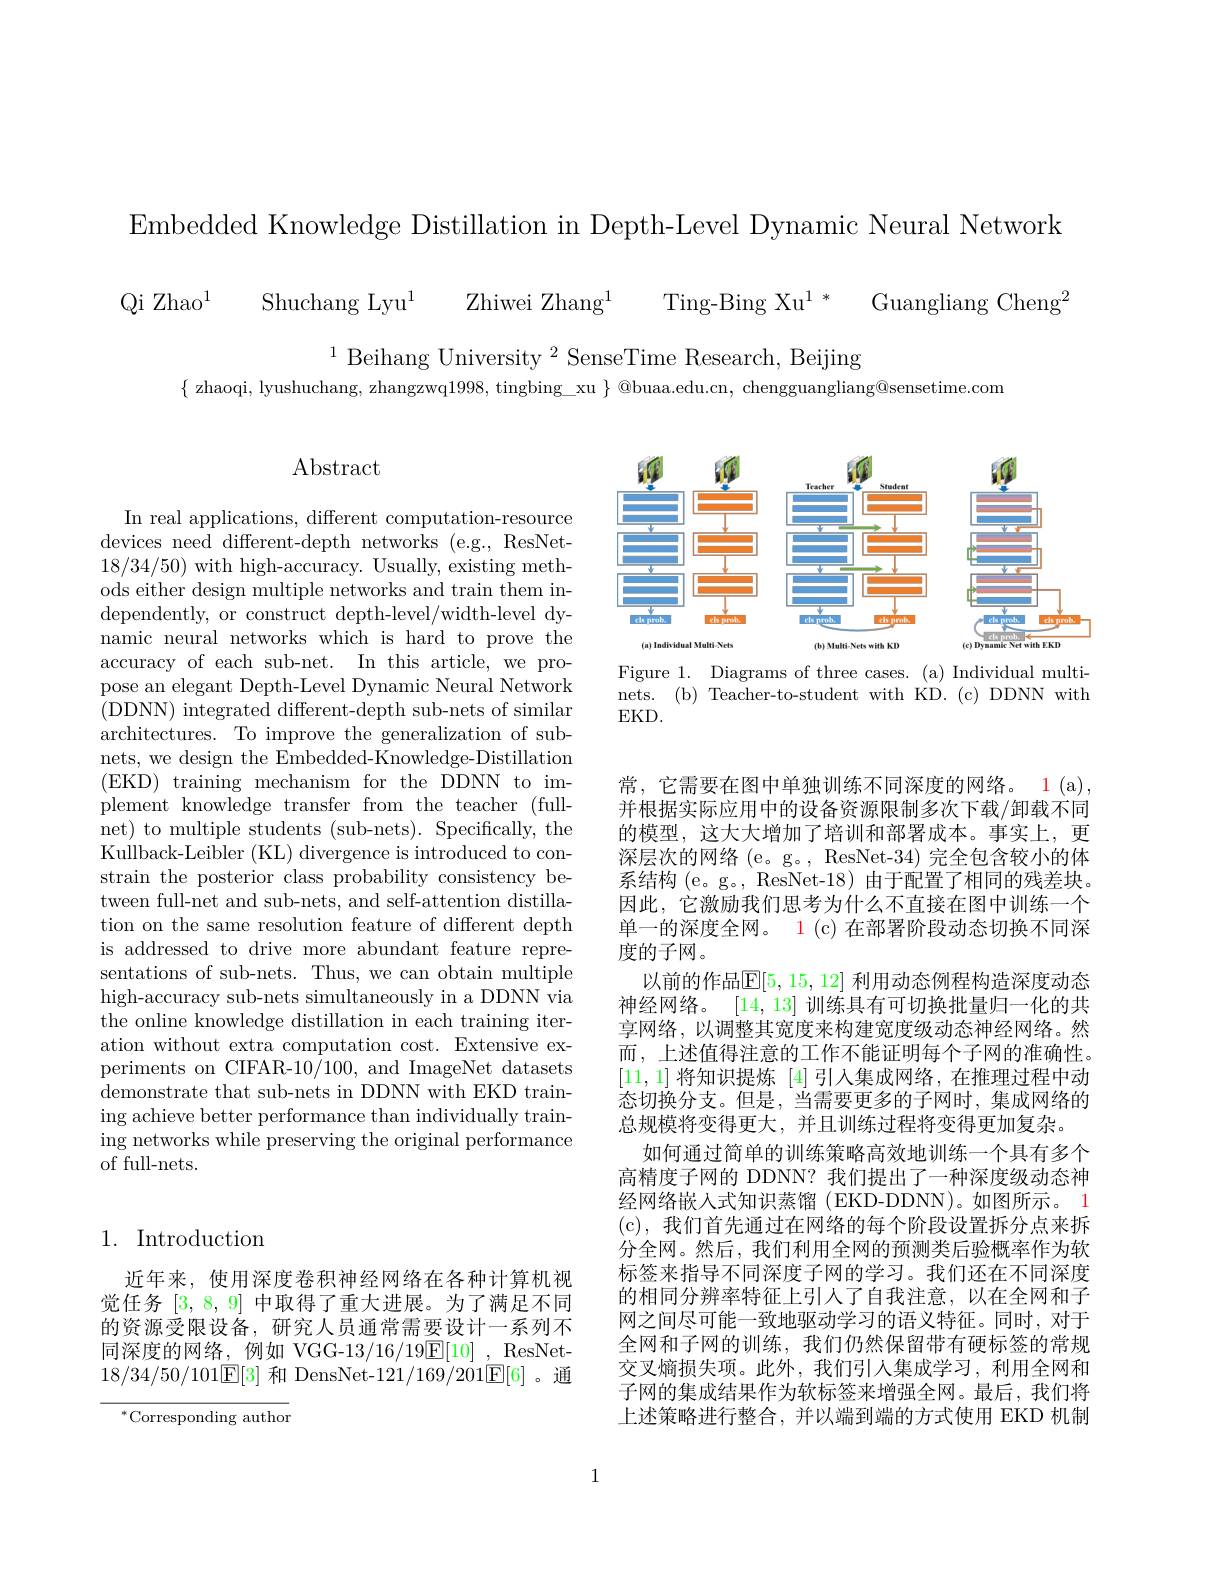
Embedded Knowledge Distillation in Depth-Level Dynamic Neural Network

Qi Zhao$^{1}$ Shuchang Lyu$^{1}$ Zhiwei Zhang$^{1}$ Ting-Bing Xu$^{1* }$ Guangliang Cheng$^{2}$

$^{1}$Beihang University $^2$SenseTime Research, Beijing
$\{$ zhaoqi, lyushuchang, zhangzwq1998, tingbing\_xu $\}$ @buaa.edu.cn, chengguangliang@sensetime.com

## Abstract

<FigureHere>
Figure 1. Diagrams of three cases. (a) Individual multi-

nets.(b) Teacher-to-student with KD.(c)DDNN with
EKD.

In real applications, different computation-resource devices need different-depth networks (e.g., ResNet- 18/34/50) with high-accuracy. Usually, existing methods either design multiple networks and train them independently, or construct depth-level/width-level dynamic neural networks which is hard to prove the accuracy of each sub-net. In this article, we propose an elegant Depth-Level Dynamic Neural Network (DDNN) integrated different-depth sub-nets of similar architectures. To improve the generalization of subnets, we design the Embedded-Knowledge-Distillation ( EKD) training mechanism for the $\bar {DDNN}$ to im- plement knowledge transfer from the teacher (fullnet) to multiple students (sub-nets). Specifically, the Kullback-Leibler (KL) divergence is introduced to constrain the posterior class probability consistency between full-net and sub-nets, and self-attention distillation on the same resolution feature of different depth is addressed to drive more abundant feature representations of sub-nets. Thus, we can obtain multiple high-accuracy sub-nets simultaneously in a DDNN via the online knowledge distillation in each training iteration without extra computation cost. Extensive experiments on CIFAR-10/100, and ImageNet datasets demonstrate that sub-nets in DDNN with EKD training achieve better performance than individually training networks while preserving the original performance of full-nets.

常，它需要在图中单独训练不同深度的网络。1 (a), 并根据实际应用中的设备资源限制多次下载/卸载不同的模型，这大大增加了培训和部署成本。事实上，更深层次的网络 (e。g。, ResNet-34) 完全包含较小的体系结构(e。g。, ResNet-18)由于配置了相同的残差块。因此，它激励我们思考为什么不直接在图中训练一个单一的深度全网。1 (c) 在部署阶段动态切换不同深度的子网。
以前的作品$\mathbb{E}[5,15,12]$ 利用动态例程构造深度动态神经网络。[14,13]训练具有可切换批量归一化的共享网络，以调整其宽度来构建宽度级动态神经网络。然而，上述值得注意的工作不能证明每个子网的准确性。[11,1]将知识提炼 [4]引入集成网络，在推理过程中动态切换分支。但是，当需要更多的子网时，集成网络的总规模将变得更大，并且训练过程将变得更加复杂。
如何通过简单的训练策略高效地训练一个具有多个高精度子网的 DDNN? 我们提出了一种深度级动态神经网络嵌入式知识蒸馏 (EKD-DDNN)。如图所示。1 (c),我们首先通过在网络的每个阶段设置拆分点来拆分全网。然后，我们利用全网的预测类后验概率作为软标签来指导不同深度子网的学习。我们还在不同深度的相同分辨率特征上引人了自我注意，以在全网和子网之间尽可能一致地驱动学习的语义特征。同时，对于全网和子网的训练，我们仍然保留带有硬标签的常规交叉熵损失项。此外，我们引人集成学习，利用全网和子网的集成结果作为软标签来增强全网。最后，我们将上述策略进行整合，并以端到端的方式使用 EKD 机制

## 1. Introduction

近年来，使用深度卷积神经网络在各种计算机视觉任务[3,8,9]中取得了重大进展。为了满足不同的资源受限设备，研究人员通常需要设计一系列不同深度的网络，例如 VGG-13/16/19$\overline {\mathrm{E} }[ 10]$ , ResNet- 18/34/50/101E[3] 和 DensNet-121/169/201E[6]。通

$^{*}$Corresponding author

1